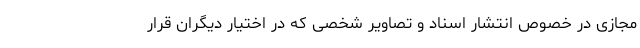
مجازی در خصوص انتشار اسناد و تصاویر شخصی که در اختیار دیگران قرار